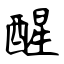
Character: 醒